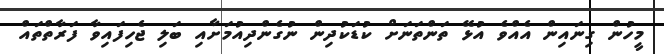
މީހުން ގިނައިން އެއްވެ އުޅޭ ތަންތަނަށް ކުޑަކުދިން ނުގެންދިއުމަށާއި ބަލި ޖެހިފައިވާ ފަރާތްތައް